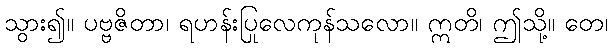
သွား၍။ ပဗ္ဗဇိတာ၊ ရဟန်းပြုလေကုန်သလော။ ဣတိ၊ ဤသို့။ တေ၊